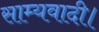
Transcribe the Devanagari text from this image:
साम्यवादी।